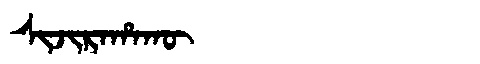
Manchu: ᠰᡳᠵᡳᡵᠠᡥᠠᡴᡡ
Romanization: SIJIRAHAKŪ